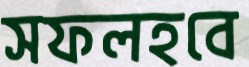
সফলহবে